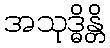
အသုဒ္ဓိန္တိ